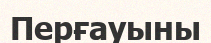
Перғауыны